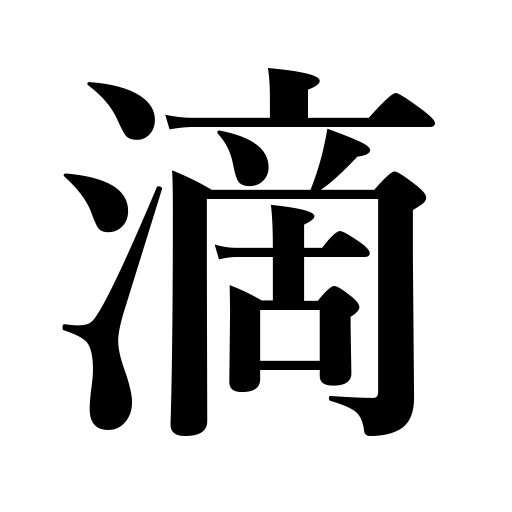
Meanings: drop,trickle,drip